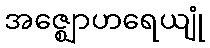
အဇ္ဈောဟရေယျုံ